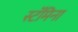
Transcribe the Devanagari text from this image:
स्टॅमिना